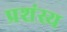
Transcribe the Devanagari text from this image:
प्रशंस्य